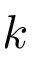
k